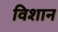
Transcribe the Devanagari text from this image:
विशान